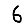
Digit: 6